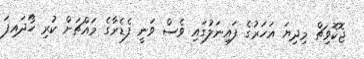
ޖޮކޮވިޗް މިދިޔަ އަހަރުގެ ފައިނަލުގައި ވެސް ވަނީ ފެޑެރާގެ މައްޗަށް ކުރި ހޯދައިފަ